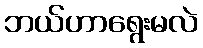
ဘယ်ဟာရွေးမလဲ